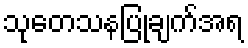
သုတေသနပြုချက်အရ